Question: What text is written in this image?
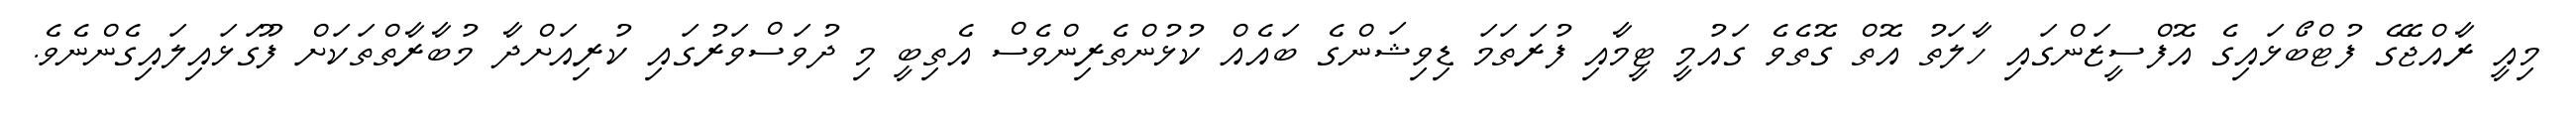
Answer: މިއީ ރާއްޖޭގެ ފުޓްބޯޅައިގެ އޮފްސީޒަންގައި ހާލަތު އޮތް ގޮތެވެ ގައުމީ ޓީމާއި ފުރަތަމަ ޑިވިޝަންގެ ބައެއް ކުޅުންތެރިންވެސް އެތިބީ މި ދުވަސްވަރުގައި ކުރިއަށްދާ މުބާރާތްތަކަށް ފޫގަޅައިލައިގެންނެވެ.